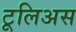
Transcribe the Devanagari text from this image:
टूलिअस